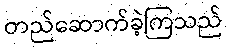
တည်ဆောက်ခဲ့ကြသည်